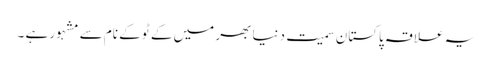
یہ علاقہ پاکستان سمیت دنیا بھر میں کے ٹو کے نام سے مشہور ہے ۔